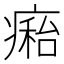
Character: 𤹇